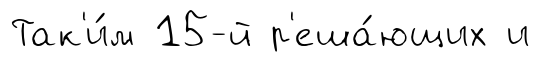
Так'и́м 15-й р'еша́ющих и